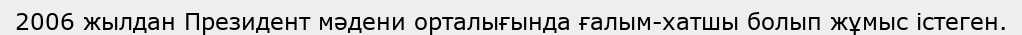
2006 жылдан Президент мәдени орталығында ғалым-хатшы болып жұмыс істеген.